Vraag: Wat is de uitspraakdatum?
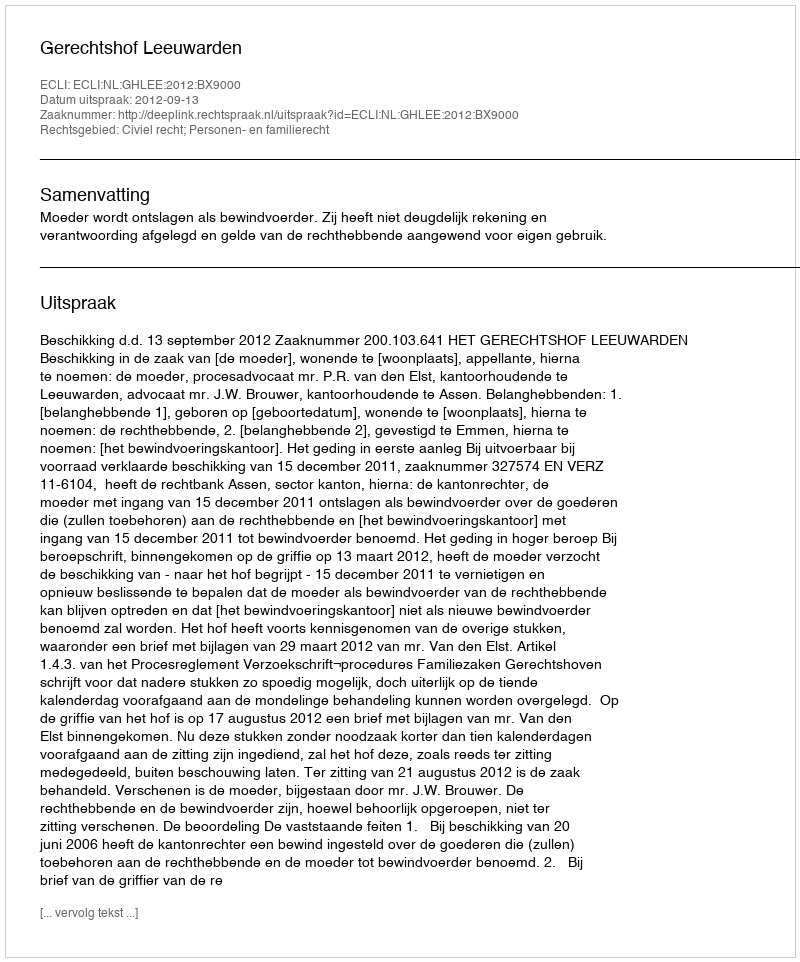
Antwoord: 2012-09-13